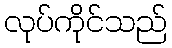
လုပ်ကိုင်သည်